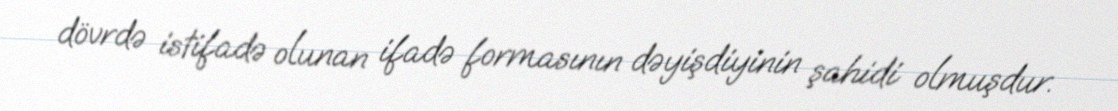
dövrdə istifadə olunan ifadə formasının dəyişdiyinin şahidi olmuşdur.